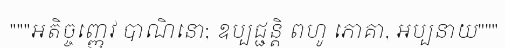
"""អតិច្ចញ្ញេវ បាណិនោ; ឧប្បជ្ជន្តិ ពហូ ភោគា, អប្បនាយ"""